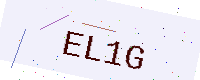
Text: EL1G